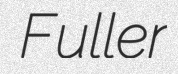
Fuller